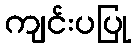
ကျင်းပပြု